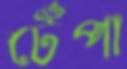
টেঁপা